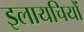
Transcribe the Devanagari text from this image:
इलायचियों